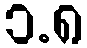
၁.၈